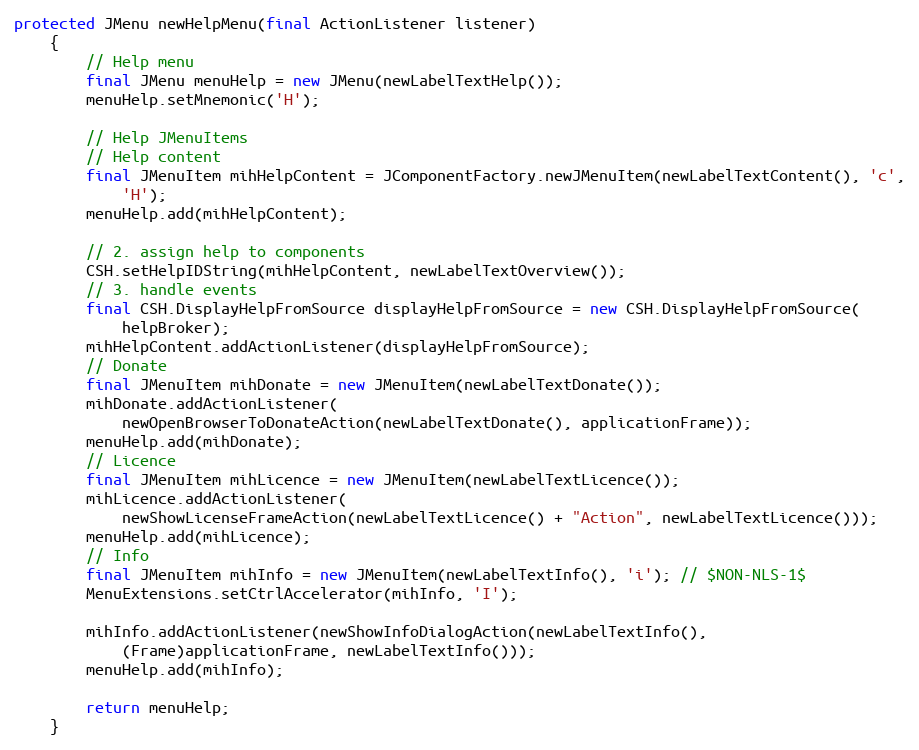
Language: Java
protected JMenu newHelpMenu(final ActionListener listener)
	{
		// Help menu
		final JMenu menuHelp = new JMenu(newLabelTextHelp());
		menuHelp.setMnemonic('H');

		// Help JMenuItems
		// Help content
		final JMenuItem mihHelpContent = JComponentFactory.newJMenuItem(newLabelTextContent(), 'c',
			'H');
		menuHelp.add(mihHelpContent);

		// 2. assign help to components
		CSH.setHelpIDString(mihHelpContent, newLabelTextOverview());
		// 3. handle events
		final CSH.DisplayHelpFromSource displayHelpFromSource = new CSH.DisplayHelpFromSource(
			helpBroker);
		mihHelpContent.addActionListener(displayHelpFromSource);
		// Donate
		final JMenuItem mihDonate = new JMenuItem(newLabelTextDonate());
		mihDonate.addActionListener(
			newOpenBrowserToDonateAction(newLabelTextDonate(), applicationFrame));
		menuHelp.add(mihDonate);
		// Licence
		final JMenuItem mihLicence = new JMenuItem(newLabelTextLicence());
		mihLicence.addActionListener(
			newShowLicenseFrameAction(newLabelTextLicence() + "Action", newLabelTextLicence()));
		menuHelp.add(mihLicence);
		// Info
		final JMenuItem mihInfo = new JMenuItem(newLabelTextInfo(), 'i'); // $NON-NLS-1$
		MenuExtensions.setCtrlAccelerator(mihInfo, 'I');

		mihInfo.addActionListener(newShowInfoDialogAction(newLabelTextInfo(),
			(Frame)applicationFrame, newLabelTextInfo()));
		menuHelp.add(mihInfo);

		return menuHelp;
	}